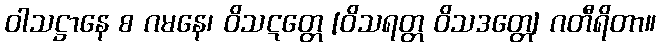
ဝါသဋ္ဌာနေ စ ဂမနေ၊ ဝိသဋတ္တေ [ဝိသရတ္တ ဝိသဒတ္တေ] ဂတီရိတာ။